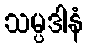
သမ္ပဒါနံ